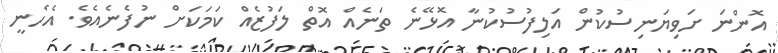
އޮންނަ ށަވިޔަނިސުކުން އަލިފުސުކުނާ އޮޅޭނެ ތަނެއް އޮތް ލަފުޒެއް ކަމަކަށް ނުފެނެއެވެ. އެހެނީ